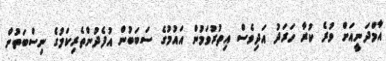
އާމްދަނީއަށް ވުރެ ކުރާ ހަރަދު އަދިވެސް އިތުރުވަމުން އައުމުގެ ސަބަބުން އުފެދުންތެރިކަމުގެ ނިސްބަތުން